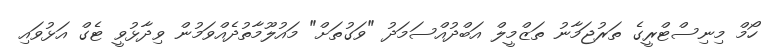
ހޯމް މިނިސްޓްރީގެ ތަރުޖަމާނު ތަޒްމީލް އަބްދުއްސަމަދު "ވަގުތަށް" މައުލޫމާތުދެއްވަމުން ވިދާޅުވީ ޓެގް އަޅުވައި